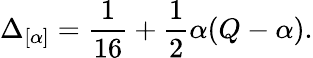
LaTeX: \Delta_{[\alpha]}=\frac{1}{16}+\frac{1}{2}\alpha(Q-\alpha).